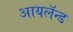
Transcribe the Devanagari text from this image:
आयलॅन्ड